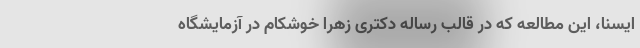
ایسنا، این مطالعه که در قالب رساله دکتری زهرا خوشکام در آزمایشگاه